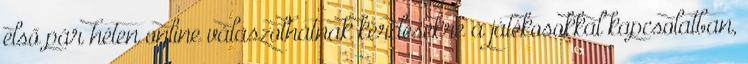
első pár héten online válaszolhatnak kérdésekre a játékosokkal kapcsolatban,